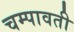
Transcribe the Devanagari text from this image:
चम्पावती